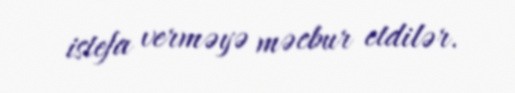
istefa verməyə məcbur etdilər.